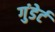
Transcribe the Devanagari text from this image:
गुंडेर्ट